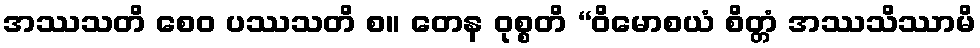
အဿသတိ စေဝ ပဿသတိ စ။ တေန ဝုစ္စတိ “ဝိမောစယံ စိတ္တံ အဿသိဿာမိ